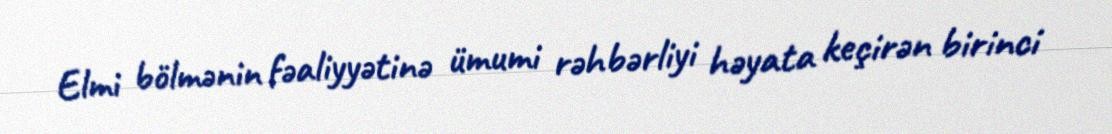
Elmi bölmənin fəaliyyətinə ümumi rəhbərliyi həyata keçirən birinci